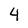
Character: 4